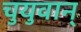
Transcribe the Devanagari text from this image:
चुयुवान्